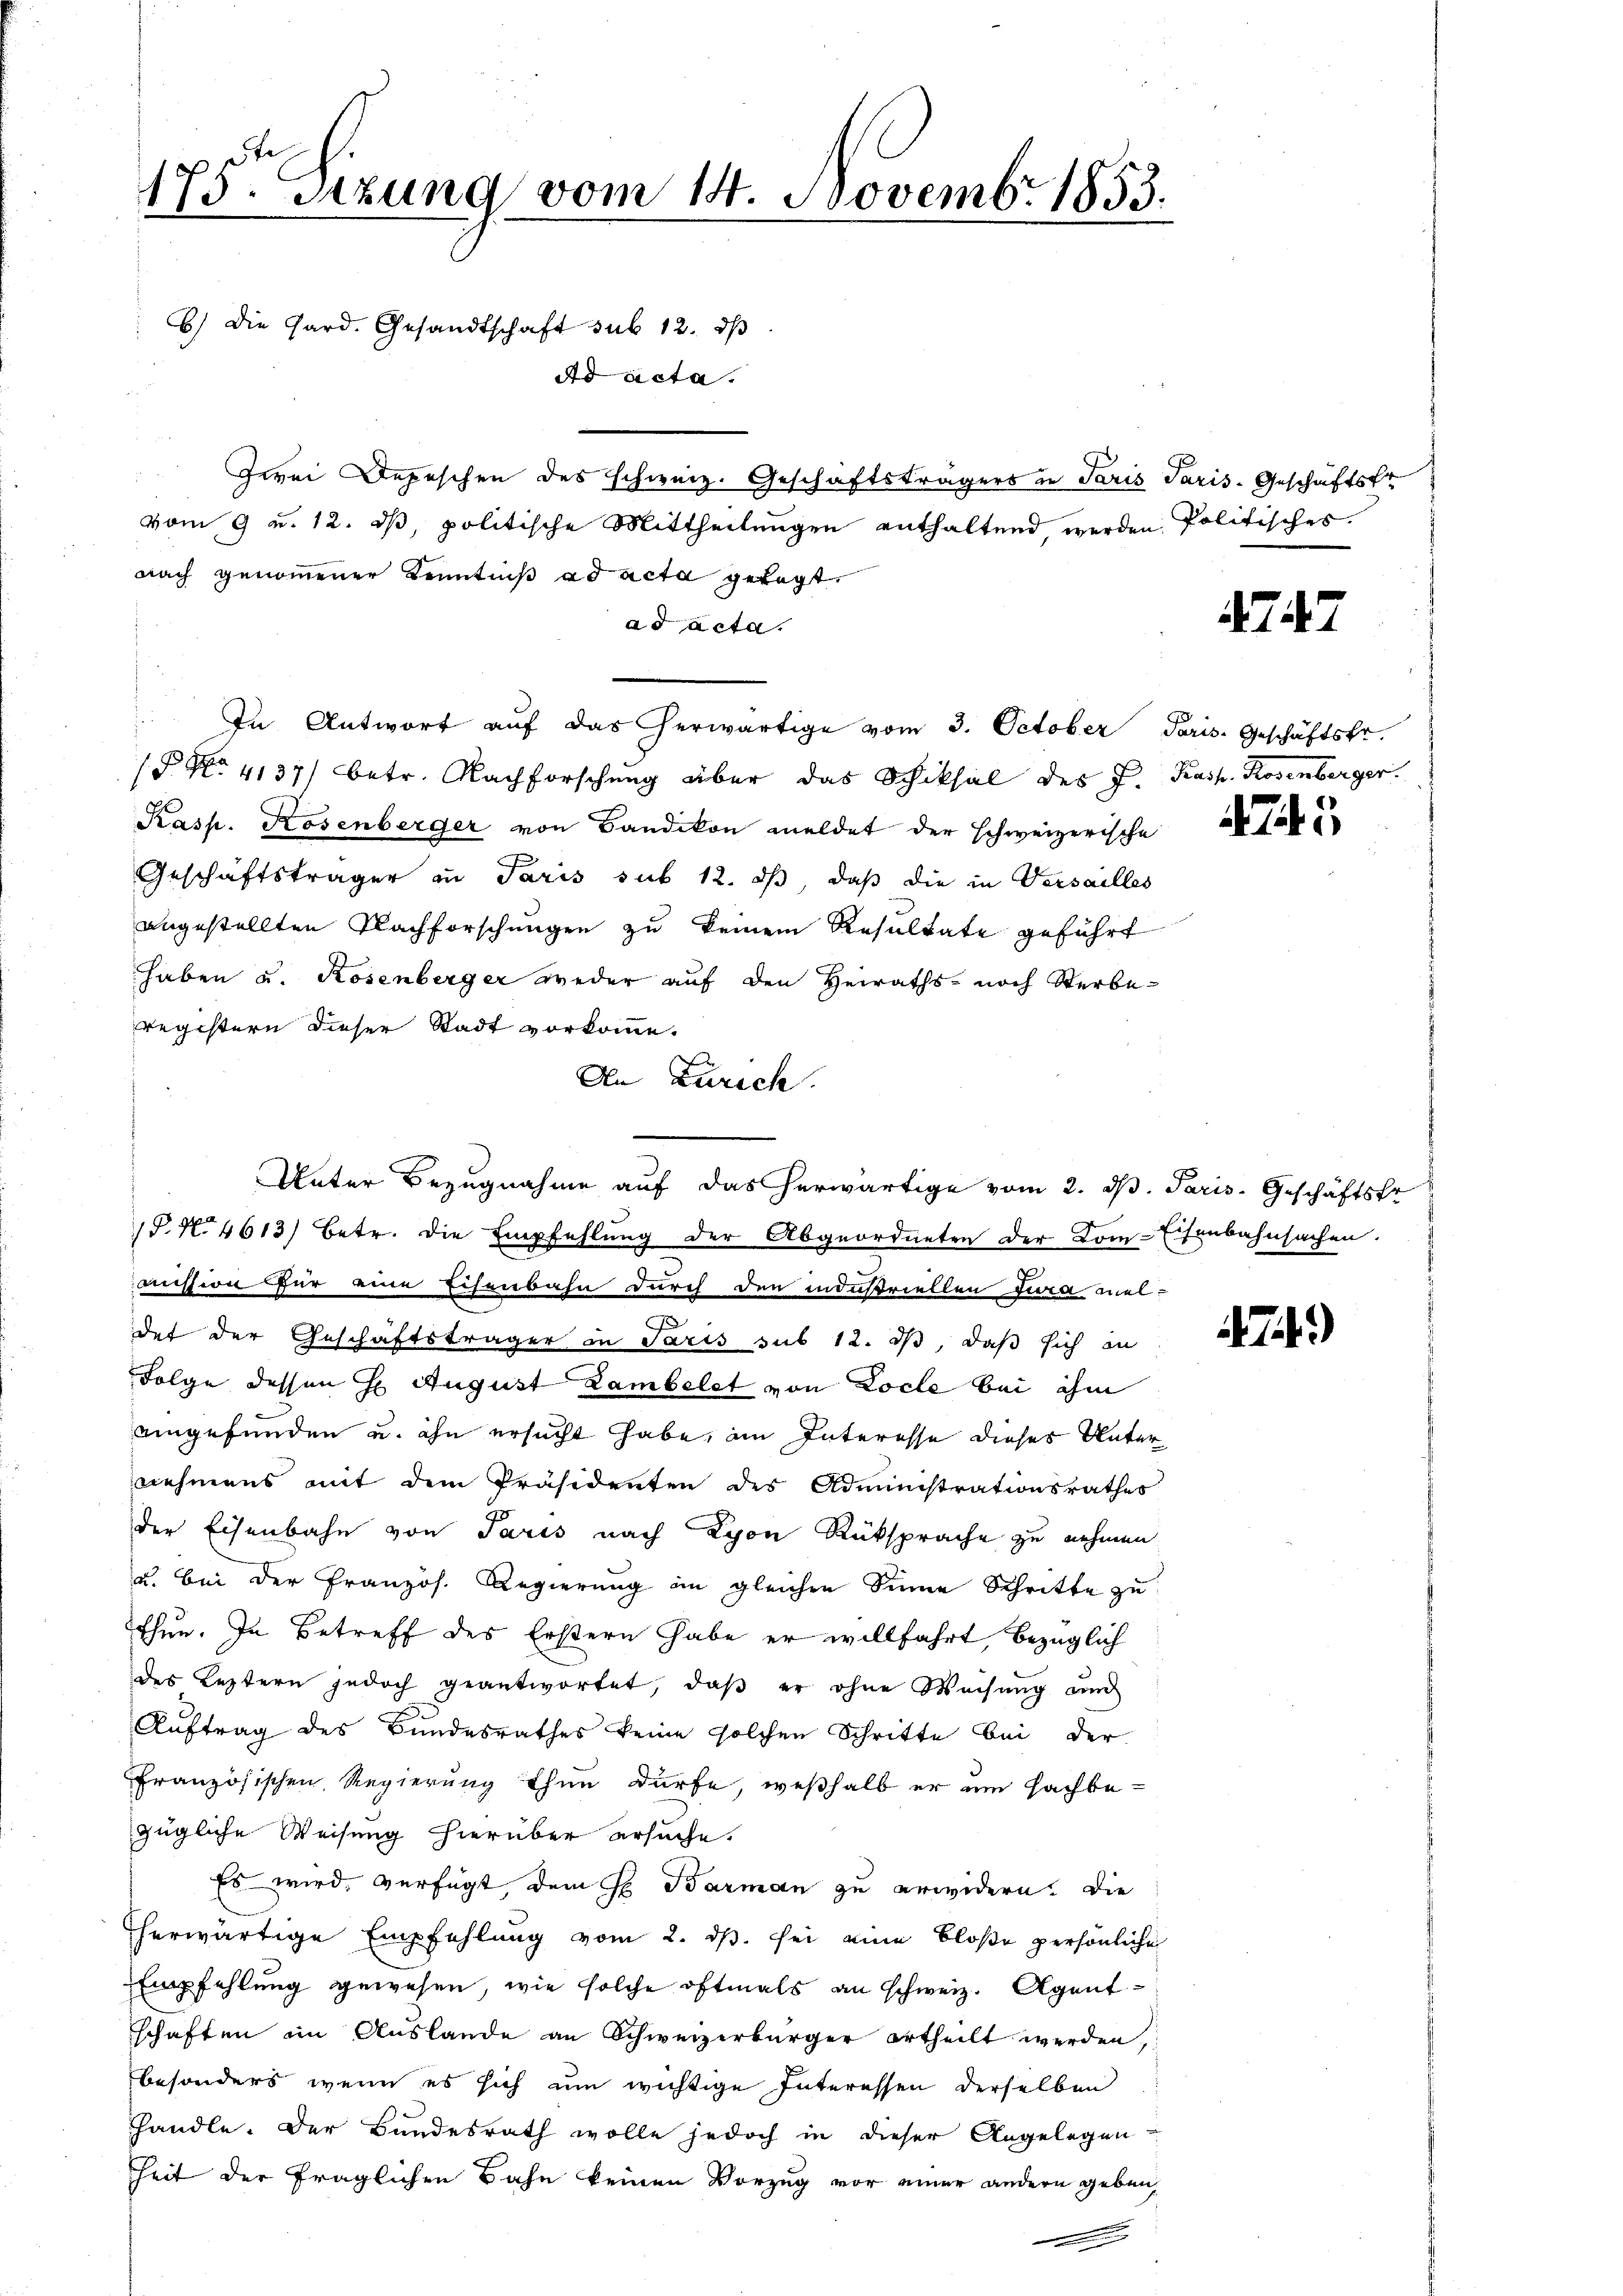
175. Setzung vom 14. Novembr 1853.
B) Die Hard. Gesandtschaft sub 12. dβ
ad acta.
Zwei Depeschen des schweiz. Geschäftsträgers in Paris Paris-Geschäftsfr
vom 9 u. 12. ds, politische Mittheilungen enthaltend werden Politisches.
nach genommener Kenntniß ad acta gelegt.

ad acta.
In Antwort aŭf das herwärtige vom 3. October Paris. Geschäftsfr.
1 No 4137) betr. Nachforschung über das Schiksal des J. Kasp. Rosenberger
Kasp. Kosenberger von Bandikon meldet der schweizerische
Geschäftsträger in Paris sub 12. ds, daß die in Versailles
angestellten Nachforschungen zu keinem Resultate geführt
haben u. Rosenberger weder auf den Heiraths- noch Sterberegistern dieser Stadt vorkomme.
An Zürich.
P. N. 4613) betr. die Empfehlung der Abgeordneten der Kom-Eisenbahnsachen.
oission für eine Eisenbahn durch den industriellen Jura meldet der Geschäftsträger in Paris sub 12. ds, daß sich in
Folge dessen H. August Lambelet von Locle bei ihm
aingefunden u. ihn ersucht habe, im Interesse dieses Unternehmens mit dem Präsidenten des Administrationsrathes
der Eisenbahn von Paris nach Lyon Rüksprache zu nehmen
u. bei der Französ. Regierung im gleichen Sinne Schritte zu
thun. In Betreff des Erstern habe er willfahrt, bezüglich
des Leztern jedoch geantwortet, daβ er ohne Weisŭng am
Auftrag des Bundesrathes keine solchen Schritte bei der
französischen Regierung Ihn dürfe, weßhalb er um sachbezügliche Weisung hierüber ersuche.
Es wird, verfügt, dem H. Barman zu erwidern. Die
herwärtige Empfehlung vom 2. ds. sei eine bloße persönliche
Empfehlung gewesen, wie solche oftmals an schweiz. Agentschaften im Auslande an Schweizerbürger ertheilt werden,
besonders, wenn es sich um wichtige Interessen derselben
handle. Der Bundesrath wolle jedoch in dieser Angelegen
Zeit der fraglichen Bahn keinen Vorzug vor einer andern geben,

Unter Bezugnahme auf das herwärtige vom 2. ds. Paris. Geschäftsfr

747

A

74.)